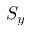
S _ { y }